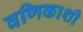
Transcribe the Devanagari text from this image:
वणिकाशी